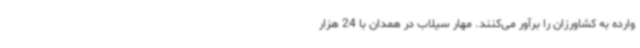
وارده به کشاورزان را برآور می‌کنند. مهار سیلاب در همدان با 24 هزار